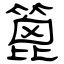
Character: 篦